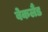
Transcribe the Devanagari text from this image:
बेकलैंड